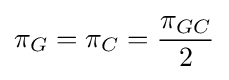
\pi _{G}=\pi _{C}={\pi _{GC} \over 2}